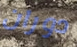
دوران